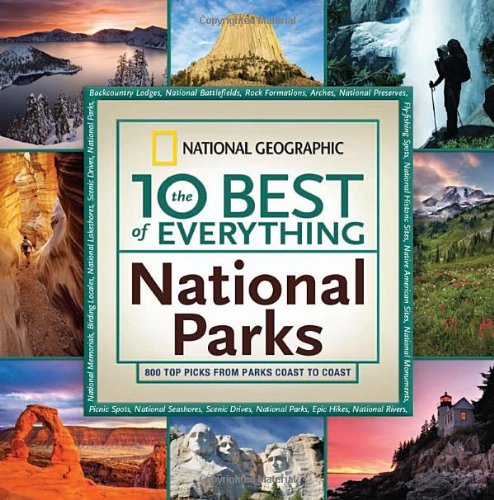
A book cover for The 10 Best of Everything National Parks: 800 Top Picks From Parks Coast to Coast (National Geographic the 10 Best of Everything); National Geographic; Travel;